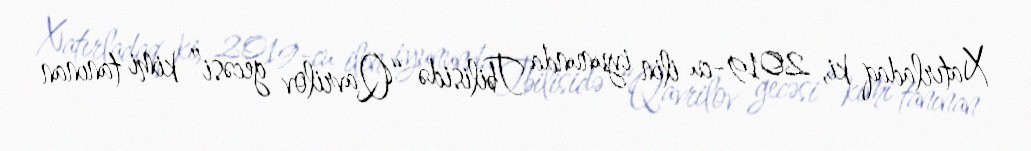
Xatırladaq ki, 2019-cu ilin iyununda Tbilisidə “Qavrilov gecəsi” kimi tanınan